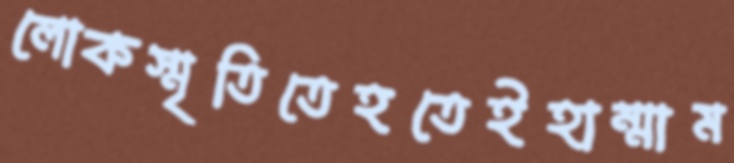
লোকস্মৃতিতেহতেইহাম্মাম